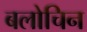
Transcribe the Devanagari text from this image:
बलोचिन